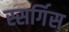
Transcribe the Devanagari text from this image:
स्सर्गिस